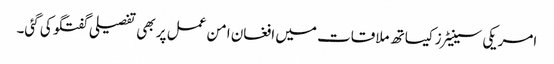
امریکی سینیٹرز کیساتھ ملاقات میں افغان امن عمل پر بھی تفصیلی گفتگو کی گئی۔